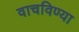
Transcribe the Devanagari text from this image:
वाचविण्या